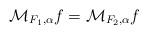
LaTeX: \begin{align*}\mathcal{M}_{F_1,\alpha}f = \mathcal{M}_{F_2,\alpha}f \end{align*}